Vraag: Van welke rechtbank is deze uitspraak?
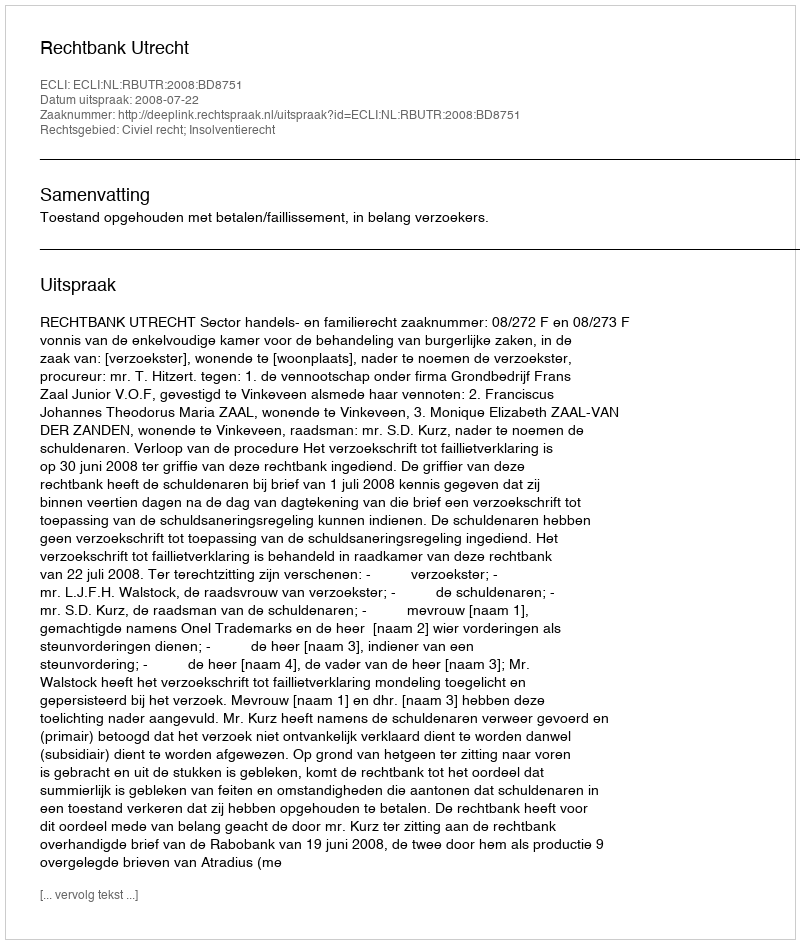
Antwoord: Rechtbank Utrecht